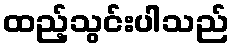
ထည့်သွင်းပါသည်